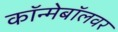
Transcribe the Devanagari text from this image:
कॉन्मेबॉलवर